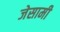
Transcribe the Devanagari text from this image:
जेसामी